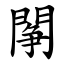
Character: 䦛